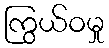
ကြွယ်ဝမှု